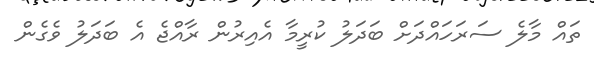
ތައް މާލެ ސަރަހައްދަށް ބަދަލު ކުރީމާ އެއިރުން ރާއްޖެ އެ ބަދަލު ވެގެން